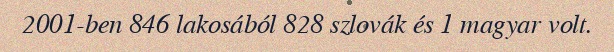
2001-ben 846 lakosából 828 szlovák és 1 magyar volt.